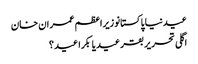
عیدنیا پاکستانوزیراعظم عمران خان
اگلی تحریر بقر عید یا بکرا عید ؟